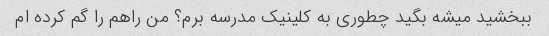
ببخشید میشه بگید چطوری به کلینیک مدرسه برم؟ من راهم را گم کرده ام